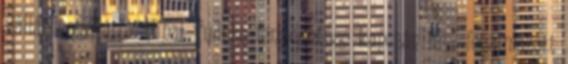
vállát vonogatta' Mihai Tudose fenyegetése kapcsán is – fogalmazott